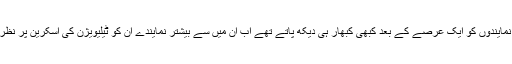
یکایک کئی نیوز چینلز کا سیلاب آگیا عوام جو کہ اپنے نمایندوں کو ایک عرصے کے بعد کبھی کبھار ہی دیکھ پاتے تھے اب ان میں سے بیشتر نمایندے ان کو ٹیلیویژن کی اسکرین پر نظر آنے لگے اور ان کے سیاسی جوہر ان پر کھلنے لگے ۔